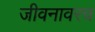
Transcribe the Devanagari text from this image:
जीवनावरच